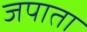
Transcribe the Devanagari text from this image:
जपाता